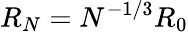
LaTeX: R_{N}=N^{-1/3}R_{0}